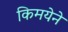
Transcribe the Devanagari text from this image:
किमयेने